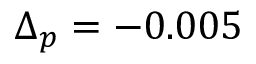
\Delta _ { p } = - 0 . 0 0 5